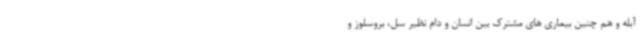
آبله و هم چنین بیماری های مشترک بین انسان و دام نظیر سل، بروسلوز و